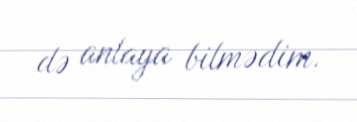
də anlaya bilmədim.